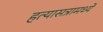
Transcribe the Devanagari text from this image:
हत्यासत्रामध्ये